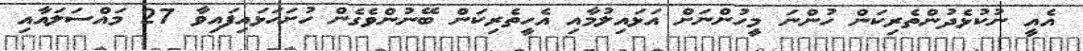
އެއީ ނުކުޅެދުންތެރިކަން ހުންނަ މީހުންނަށް އަޅައިލުމާއި އެހީތެރިކަން ބޭނުންވެގެން ހުށަހަޅައިފައިވާ 27 މައްސަލައާއި